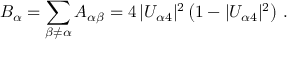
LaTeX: B _ { \alpha } = \sum _ { \beta \neq \alpha } A _ { \alpha \beta } = 4 \, | U _ { \alpha 4 } | ^ { 2 } \left( 1 - | U _ { \alpha 4 } | ^ { 2 } \right) \, .